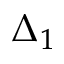
\Delta _ { 1 }